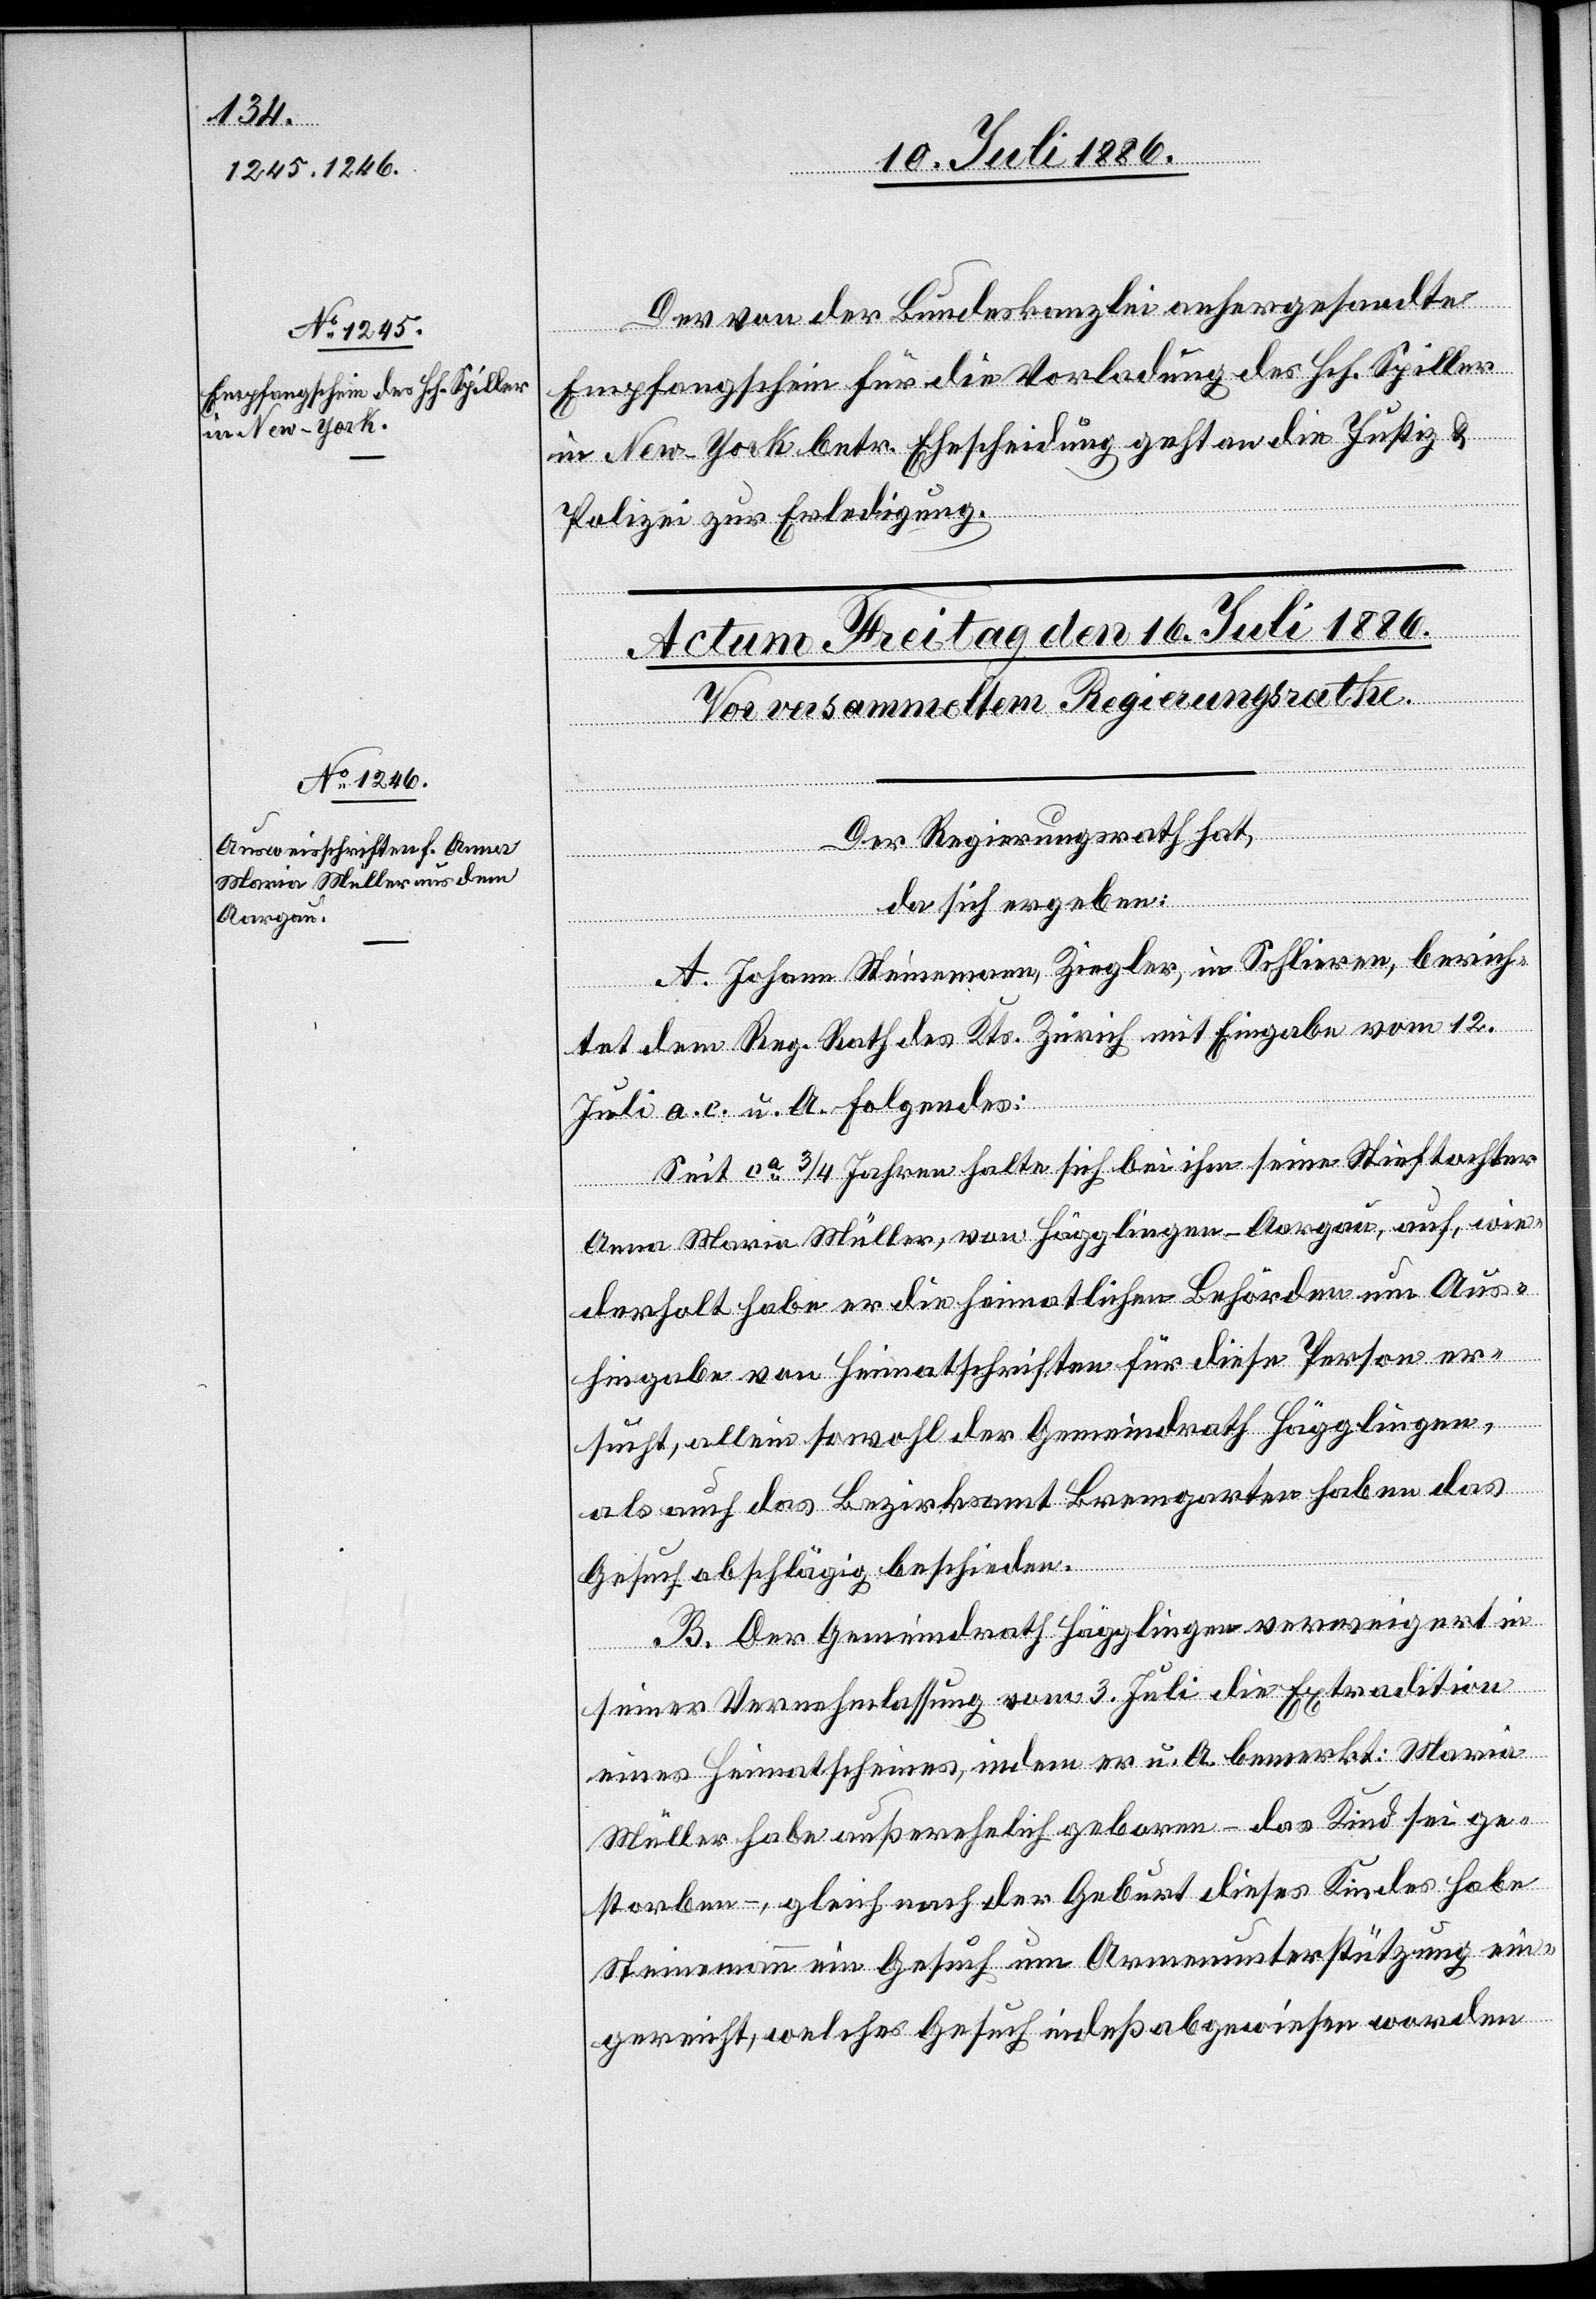
Der von der Bundeskanzlei anhergesandte
Empfangschein für die Vorladung des Hch. Spiller
zur
in New-York betr. Ehescheidung geht an die Justiz- &
Der Regierungsrath hat,
da sich ergeben:
A. Johann Steinemann, Ziegler, in Schlieren, berich¬
tet dem Reg. Rath des Kts. Zürich mit Eingabe vom 12.
direktion
Juli a. c. u. A. Folgendes:
Seit ca 3/4 Jahren halte sich bei ihm seine Stieftochter
Anna Maria Müller, von Hägglingen - Aargau, auf, wie¬
derholt habe er die heimatlichen Behörden um Aus¬
hingabe von Heimatschriften für diese Person er¬
sucht, allein sowohl der Gemeindrath Hägglingen,
als auch das Bezirksamt Bremgarten haben das
Gesuch abschlägig beschieden.
B. Der Gemeindrath Hägglingen verweigert in
Erledigung.
seiner Vernehmlassung vom 3. Juli die Extradition
eines Heimatscheines, indem er u. A. bemerkt: Maria
Müller habe außerehelich geboren – das Kind sei ge¬
storben –, gleich nach der Geburt dieses Kindes habe
Steinemann ein Gesuch um Armenunterstützung ein¬
gereicht, welches Gesuch indeß abgewiesen worden